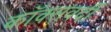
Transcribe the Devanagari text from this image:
कॉक्सवर्दी